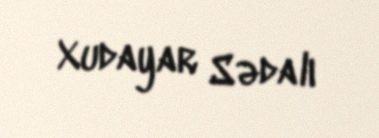
Xudayar Sədalı